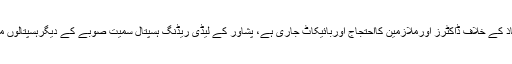
2016ء)خیبرپختونخوا کے ہسپتالوں میں لازمی سروسز ایکٹ کے نفاذ کے خلاف ڈاکٹرز اورملازمین کااحتجاج اوربائیکاٹ جاری ہے، پشاور کے لیڈی ریڈنگ ہسپتال سمیت صوبے کے دیگرہسپتالوں میں اوپی ڈیز بند بندرہی جس سے مریضوں کوپریشانی کاسامناکرناپڑا۔